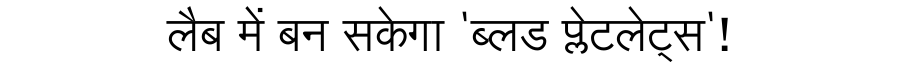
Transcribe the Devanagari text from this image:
लैब में बन सकेगा 'ब्लड प्लेटलेट्स'!